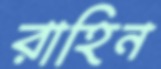
রাহিন